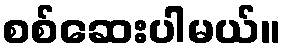
စစ်ဆေးပါမယ်။